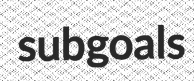
subgoals